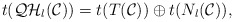
\begin{align*}t({\cal QH}_l({\cal C}))=t(T({\cal C})) \oplus t(N_l({\cal C})),\end{align*}